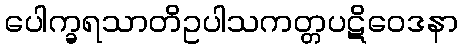
ပေါက္ခရသာတိဥပါသကတ္တပဋိဝေဒနာ